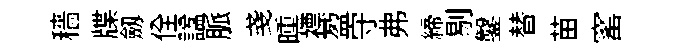
穡牒劔佺諡脈戔曛褾盈守弗締剔鑿替苗窰